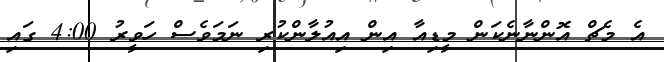
އެ މެޗް އޮންނާނެކަން މީޑިއާ އިން އިއުލާންކުރި ނަމަވެސް ހަވީރު 4:00 ގައި